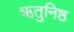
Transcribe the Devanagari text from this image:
ऋतुनिष्ठ